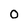
Character: 0